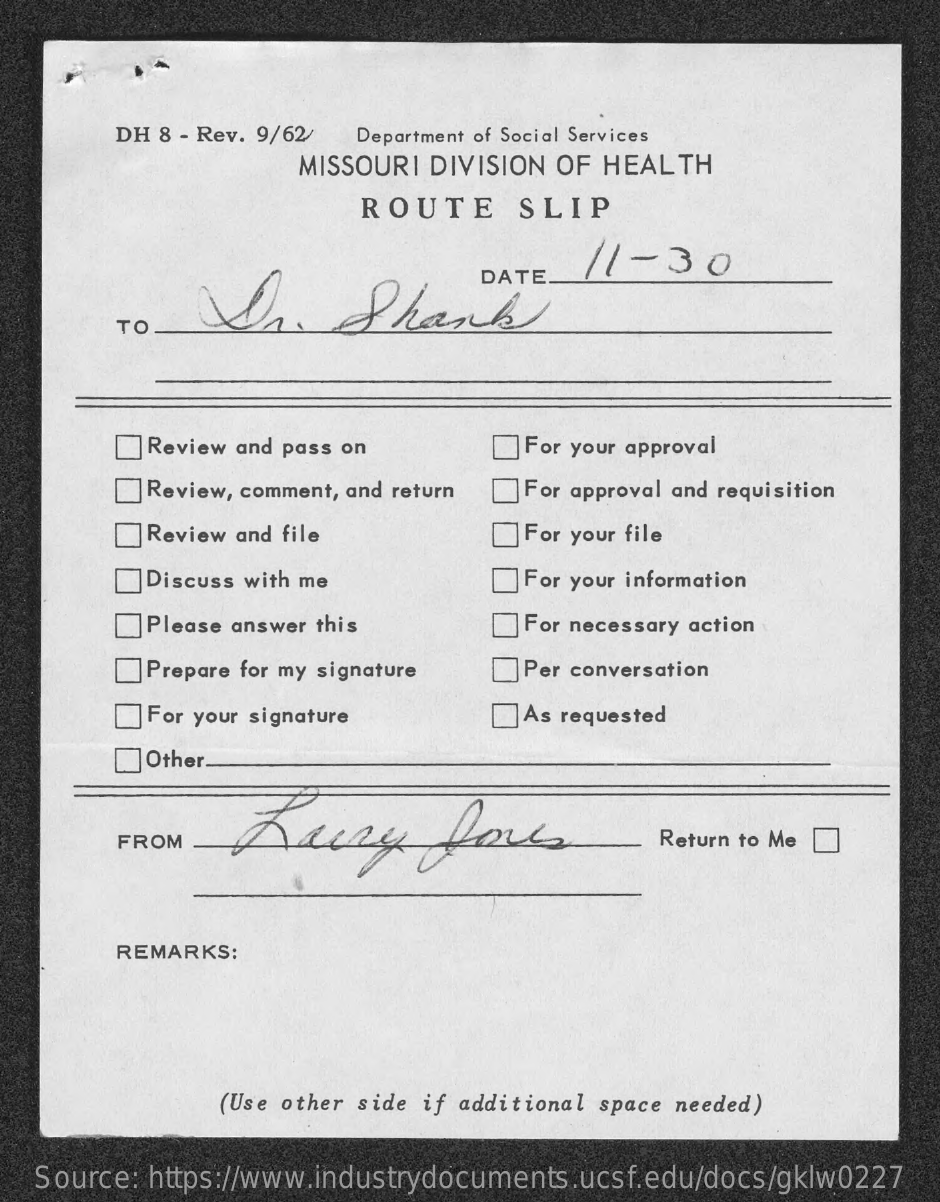
DH 8 - Rev. 9/62/ Department of Social Services
     MISSOURI DIVISION OF HEALTH
     ROUTE    SLIP
     Un.    Shank
     11-  30
     DATE
     TO
     Review and pass on    For your approval
     Review, comment, and return For approval and requisition
     Review and file    ] For your file
     Discuss with me    For your information
     Please answer this    For necessary action
     Prepare for my signature  Per conversation
     For your signature    As requested
     Other_
     FROM    Return to Me
     REMARKS:
     (Use other side if additional space needed)
   Source: https://www.industrydocuments.ucsf.edu/docs/gklw0227